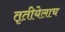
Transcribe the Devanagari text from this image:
तृतीयेलाच